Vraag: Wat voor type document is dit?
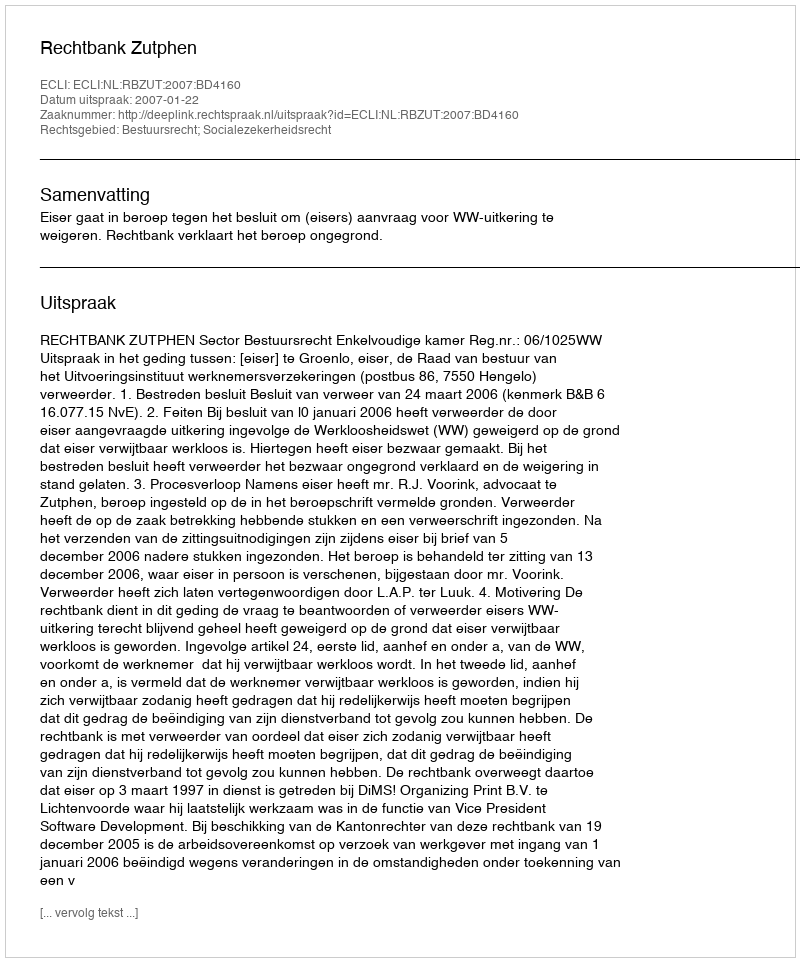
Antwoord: Uitspraak